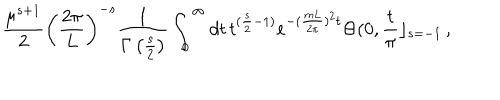
LaTeX: \frac { \mu ^ { s + 1 } } { 2 } \left( \frac { 2 \pi } { L } \right) ^ { - s } \frac { 1 } { \Gamma \left( \frac { s } { 2 } \right) } \int _ { 0 } ^ { \infty } d t \, t ^ { ( \frac { s } { 2 } - 1 ) } e ^ { - ( \frac { m L } { 2 \pi } ) ^ { 2 } t } \Theta ( 0 , \frac { t } { \pi } \rfloor _ { s = - 1 } \, ,